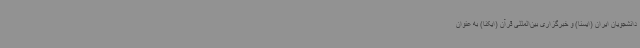
دانشجویان ایران (ایسنا) و خبرگزاری بین‌المللی قرآن (ایکنا) به عنوان